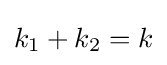
k_{1}+k_{2}=k